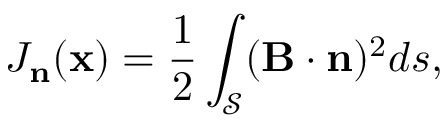
J _ { \mathbf { n } } ( \mathbf { x } ) = \frac { 1 } { 2 } \int _ { \mathcal { S } } ( \mathbf { B } \cdot \mathbf { n } ) ^ { 2 } d s ,